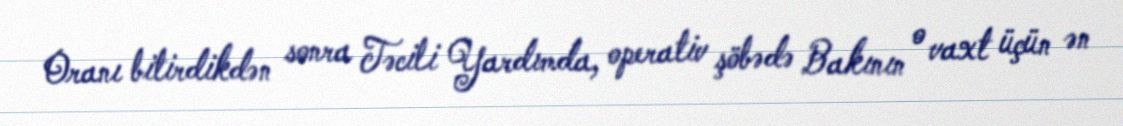
Oranı bitirdikdən sonra Təcili Yardımda, operativ şöbədə Bakının o vaxt üçün ən